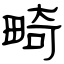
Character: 畸